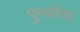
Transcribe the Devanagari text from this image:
पुनर्वाता